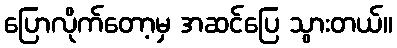
ပြောလိုက်တော့မှ အဆင်ပြေ သွားတယ်။